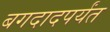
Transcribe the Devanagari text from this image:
बगदादपर्यंत